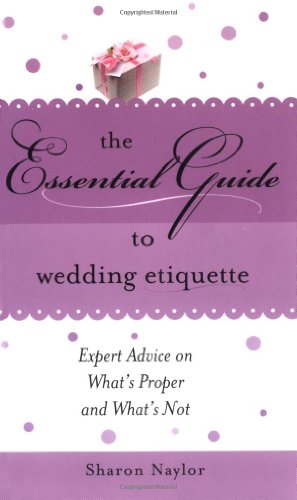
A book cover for Essential Guide to Wedding Etiquette; Sharon Naylor; Crafts, Hobbies & Home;